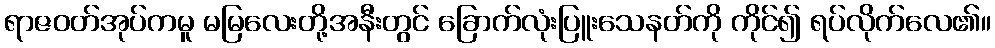
ရာဇဝတ်အုပ်ကမူ မမြလေးတို့အနီးတွင် ခြောက်လုံးပြူးသေနတ်ကို ကိုင်၍ ရပ်လိုက်လေ၏။